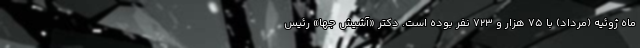
ماه ژوئیه (مرداد) با ۷۵ هزار و ۷۲۳ نفر بوده است. دکتر «آشیش جها» رئیس